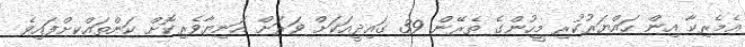
އެމެރިކާ އިން ހައްޔަރުކުރި މީހުންގެ ތެރޭން 39 ގައިދީއަކަށް ވަރަށް އަނިޔާވެރިކޮށް ކަންތައްކށްފައިވެ